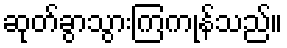
ဆုတ်ခွာသွားကြကုန်သည်။